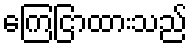
ကြေငြာထားသည်